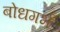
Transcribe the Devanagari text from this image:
बोधगर्भ